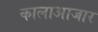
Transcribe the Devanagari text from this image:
कालाआजार